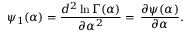
\psi _ { 1 } ( \alpha ) = { \frac { d ^ { 2 } \ln \Gamma ( \alpha ) } { \partial \alpha ^ { 2 } } } = \, { \frac { \partial \psi ( \alpha ) } { \partial \alpha } } .